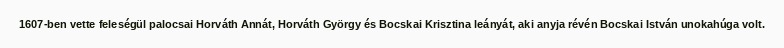
1607-ben vette feleségül palocsai Horváth Annát, Horváth György és Bocskai Krisztina leányát, aki anyja révén Bocskai István unokahúga volt.